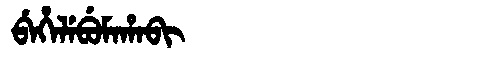
Manchu: ᠪᡝᡥᡝᠯᡝᠪᡠᠮᠠᡥᠠᠪᡳ
Romanization: BEHELEBUMAHABI